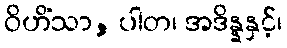
ဝိဟိံသာ, ပါတ၊ အဒိန္နနှင့်၊